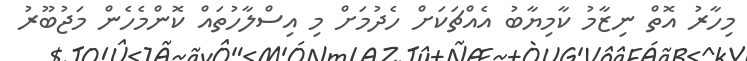
މިހާރު އޮތް ނިޒާމު ކާމިޔާބު އެއްޗަކަށް ހެދުމަށް މި އިސްލާހުތައް ކޮންމެހެން މަޖުބޫރު